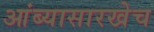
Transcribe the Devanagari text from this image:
आंब्यासारखेच